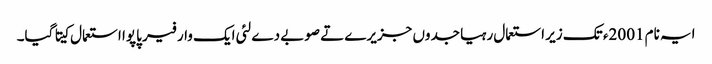
ایہ نام 2001ء تک زیر استعمال رہیا جدوں جزیرے تے صوبے دے لئی ایک وار فیر پاپوا استعمال کیتا گیا۔